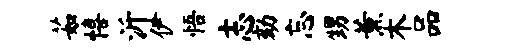
茹僖沂伊悟志劾忘甥薰木品